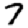
Digit: 7